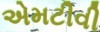
એમટીવી